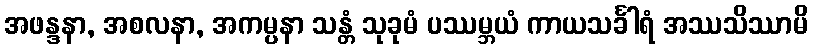
အဖန္ဒနာ, အစလနာ, အကမ္ပနာ သန္တံ သုခုမံ ပဿမ္ဘယံ ကာယသင်္ခါရံ အဿသိဿာမိ